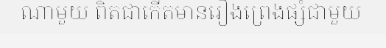
ណាមួយ ពិតជាកើតមានរឿងព្រេងផ្សំជាមួយ